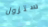
ستزول